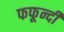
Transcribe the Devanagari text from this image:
फफून्दी